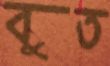
বুত